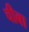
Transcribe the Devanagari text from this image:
चीबा